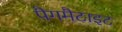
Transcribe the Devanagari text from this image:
पैगमैटाइट